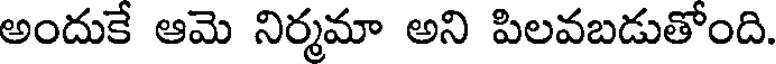
అందుకే ఆమె నిర్మమా అని పిలవబడుతోంది.